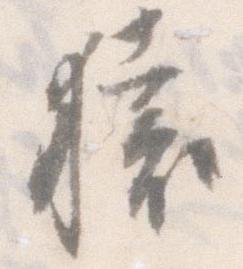
猿